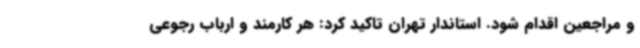
و مراجعین اقدام شود. استاندار تهران تاکید کرد: هر کارمند و ارباب رجوعی